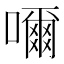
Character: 𡁠